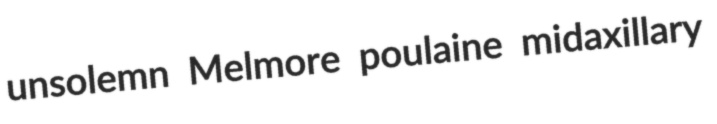
unsolemn Melmore poulaine midaxillary